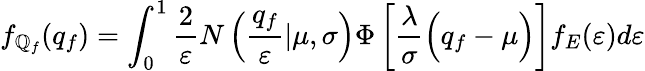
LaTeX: f_{\mathbb{Q}_{f}}(q_{f})=\int_{0}^{1}\frac{{2}}{{\varepsilon}}N\left(\frac{{q_{f}}}{{\varepsilon}}|\mu,\sigma\right)\Phi\left[\frac{{\lambda}}{{\sigma}}\Bigl(q_{f}-\mu\Bigr)\right]f_{E}(\varepsilon)d\varepsilon